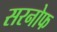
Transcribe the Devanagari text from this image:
सरनोफ